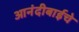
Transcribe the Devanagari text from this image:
आनंदीबाईचे